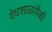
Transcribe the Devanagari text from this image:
वेधशाळांपैकी